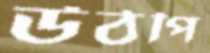
উঠপি